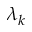
\lambda _ { k }